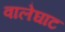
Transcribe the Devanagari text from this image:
वालेघाट